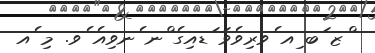
ްޒ ަބ ިއ ެވރިވެވަ ަޑއިގެ ްނ ެނވިއެ ެވ. މި ެއ